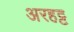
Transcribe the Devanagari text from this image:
अरहट्ट